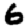
Digit: 6